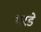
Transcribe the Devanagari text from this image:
भरडे